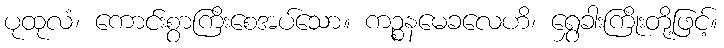
ပုထုလံ၊ ကောင်းစွာကြိးစေအပ်သော။ ကဉ္စနမေခလေဟိ၊ ရွှေခါးကြိုးတို့ဖြင့်။